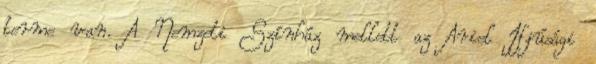
terme van. A Nemzeti Színház mellett az Ariel Ifjúsági